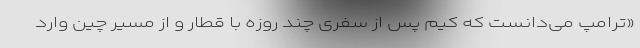
«ترامپ می‌دانست كه كیم پس از سفری چند روزه با قطار و از مسیر چین وارد